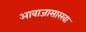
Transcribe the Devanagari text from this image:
आवाजासारखा